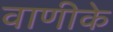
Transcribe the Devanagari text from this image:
वाणीके